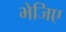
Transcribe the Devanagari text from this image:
भेजिए